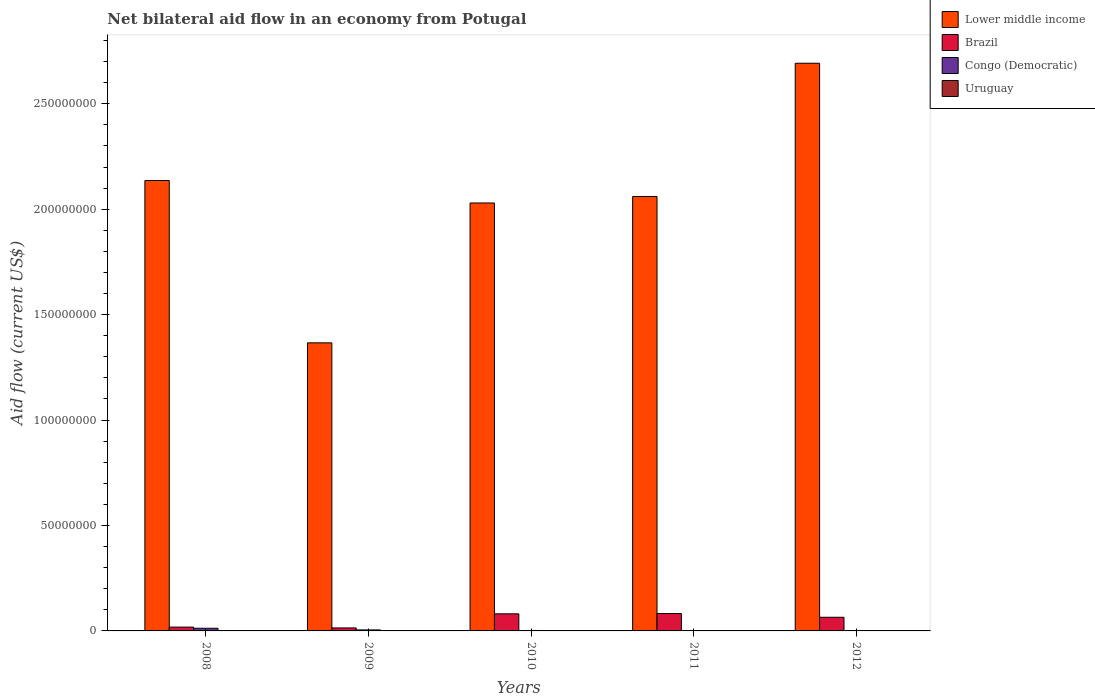
| Years | Lower middle income | Brazil | Congo (Democratic) | Uruguay |
 | --- | --- | --- | --- | --- |
 | 2008 | 2.14e+08 | 1.81e+06 | 1.26e+06 | 1.1e+05 |
 | 2009 | 1.37e+08 | 1.42e+06 | 4.8e+05 | 6e+04 |
 | 2010 | 2.03e+08 | 8.1e+06 | 2.1e+05 | 4e+04 |
 | 2011 | 2.06e+08 | 8.25e+06 | 3e+04 | 9e+04 |
 | 2012 | 2.69e+08 | 6.47e+06 | 4e+04 | 7e+04 |